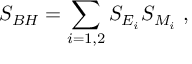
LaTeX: { \cal S } _ { B H } = \sum _ { i = 1 , 2 } S _ { E _ { i } } S _ { M _ { i } } \; ,